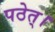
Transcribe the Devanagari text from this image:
पठेत्‌।